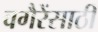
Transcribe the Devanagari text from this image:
वगैरेंसाठी